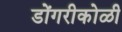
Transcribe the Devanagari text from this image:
डोंगरीकोळी